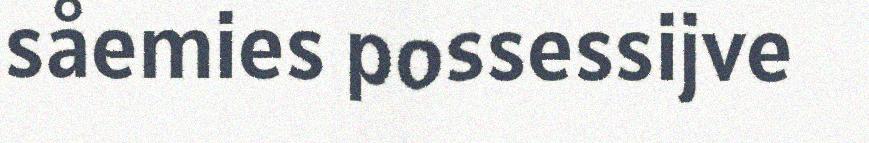
såemies possessijve